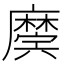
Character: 𢋲